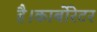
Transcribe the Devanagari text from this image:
है।कार्बोरेटर